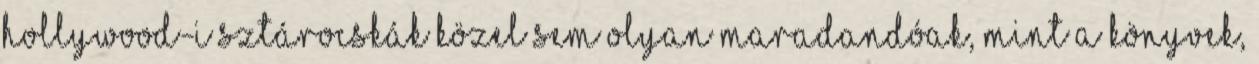
hollywood-i sztárocskák közel sem olyan maradandóak, mint a könyvek,